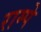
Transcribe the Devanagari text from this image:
राम्पे